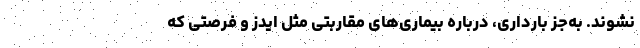
نشوند. به‌جز بارداری، درباره بیماری‌های مقاربتی مثل ایدز و فرصتی که